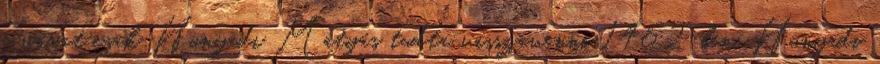
a várat csak Hunyadi Mátyás tudta visszavenni 1462-ben. Hunyadi